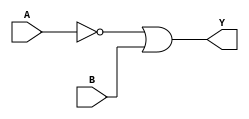
module combinational_logic (
    input wire A,   // Input A
    input wire B,   // Input B
    output wire Y   // Output Y
);

// Combinational logic implementation using 'Don't Care' conditions
assign Y = (~A) | B;  // Logic expression derived from truth table

endmodule